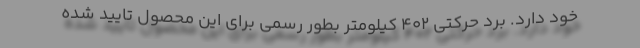
خود دارد. برد حرکتی 402 کیلومتر بطور رسمی برای این محصول تایید شده